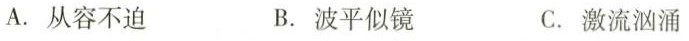
A.从容不迫B.波平似镜C.激流汹涌